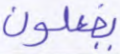
يفعلون